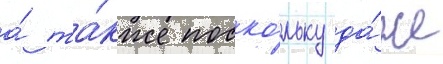
а́ та́кже поско́льку да́же